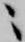
ニ